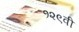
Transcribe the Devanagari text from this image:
१२९वी